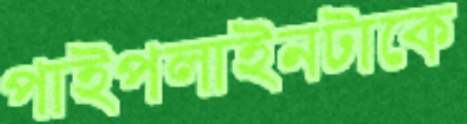
পাইপলাইনটাকে